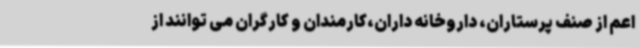
اعم از صنف پرستاران، داروخانه داران،کارمندان و کارگران می توانند از